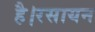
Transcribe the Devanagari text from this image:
है।रसायन